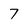
Character: 7